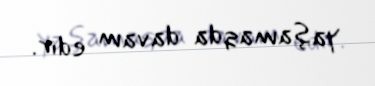
yaşamaqda davam edir.